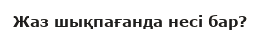
Жаз шықпағанда несі бар?